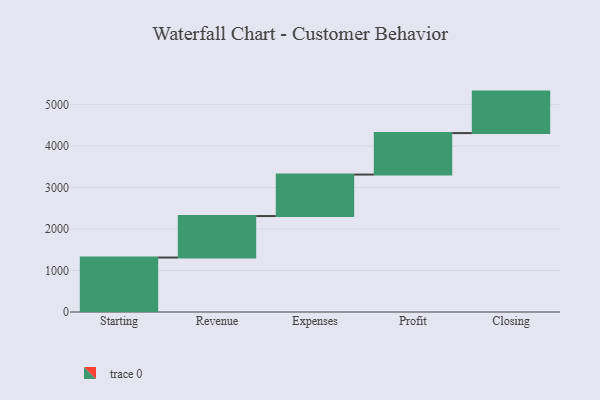
{"axis": {"x": "Step", "y": "Value"}, "legend": [""], "data": [{"x": "Starting", "y": 1313.0, "type": ""}, {"x": "Revenue", "y": 1000, "type": ""}, {"x": "Expenses", "y": 1000, "type": ""}, {"x": "Profit", "y": 1000, "type": ""}, {"x": "Closing", "y": 1000, "type": ""}]}